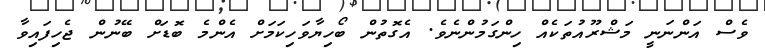
ވެސް އަންނަނީ މަޝްރޫއުތަކެއް ހިންގަމުންނެވެ. އެގޮތުން ބޯހިޔާވަހިކަމަށް އެންމެ ބޮޑަށް ބޭނުން ޖެހިފައިވާ